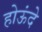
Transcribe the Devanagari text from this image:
होऊंदे